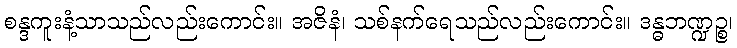
စန္ဒကူးနံ့သာသည်လည်းကောင်း။ အဇိနံ၊ သစ်နက်ရေသည်လည်းကောင်း။ ဒန္ဓဘဏ္ဍဉ္စ၊